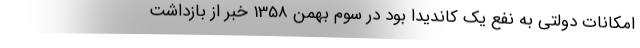
امکانات دولتی به نفع یک کاندیدا بود در سوم بهمن 1358 خبر از بازداشت